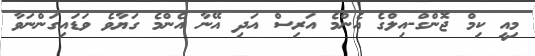
މިއީ ކިމް ޖޮންގް-އިލްގެ އެންމެ އަރިސް އަދި އޭނާ އެންމެ ގަޔާވެ ވަޑައިގަންނަވާ